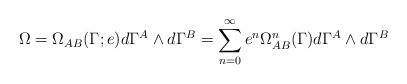
LaTeX: \begin{align*}\Omega=\Omega_{AB}(\Gamma ; e)d\Gamma^{A}\wedge d\Gamma^{B}=\sum_{n=0}^{\infty}e^{n}\Omega^{n}_{AB}(\Gamma)d\Gamma^{A}\wedge d\Gamma^{B}\end{align*}